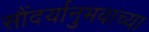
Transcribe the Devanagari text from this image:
सौंदर्यानुभवाच्या